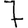
Digit: 7